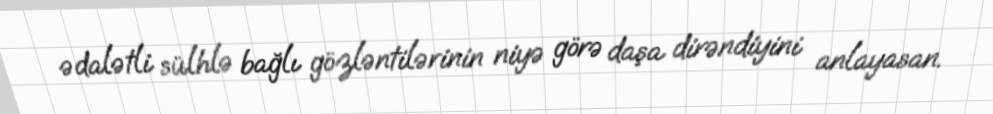
ədalətli sülhlə bağlı gözləntilərinin niyə görə daşa dirəndiyini anlayasan.